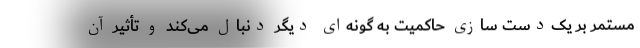
مستمر بر یک‌دست سازی حاکمیت به گونه‌ای دیگر دنبال می‌کند و تأثیر آن